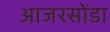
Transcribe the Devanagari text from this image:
आजरसोंडा